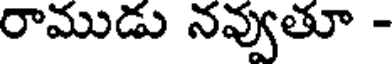
రాముడు నవ్వుతూ -